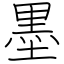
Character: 墨